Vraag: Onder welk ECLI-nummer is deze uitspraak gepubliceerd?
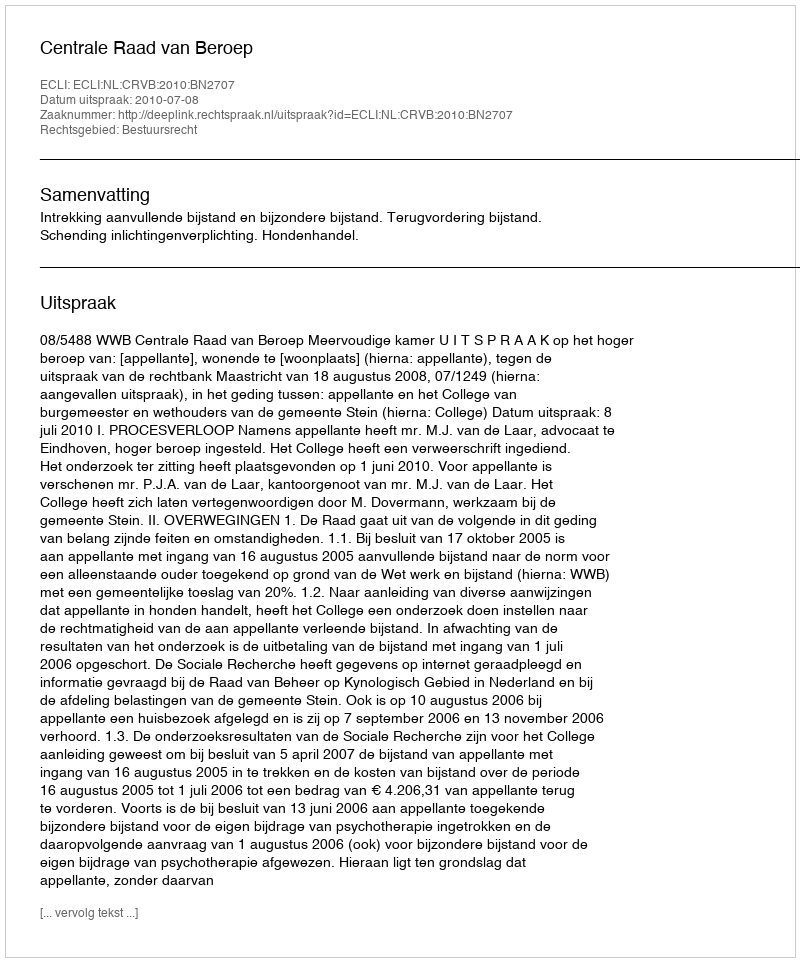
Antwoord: ECLI:NL:CRVB:2010:BN2707